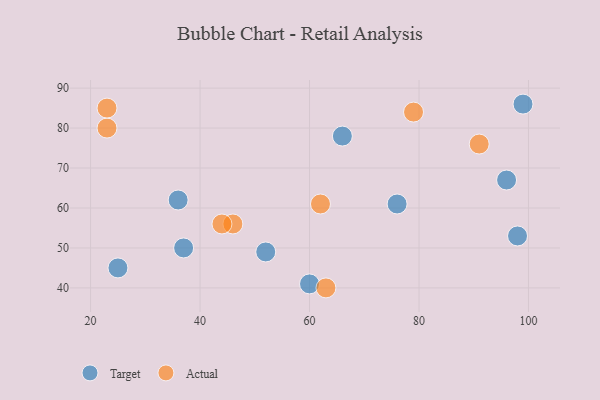
{"axis": {"x": "GDP", "y": "Life Expectancy"}, "legend": ["Actual", "Target"], "data": [{"x": "25", "y": 45, "type": "Target"}, {"x": "37", "y": 50, "type": "Target"}, {"x": "52", "y": 49, "type": "Target"}, {"x": "60", "y": 41, "type": "Target"}, {"x": "66", "y": 78, "type": "Target"}, {"x": "76", "y": 61, "type": "Target"}, {"x": "99", "y": 86, "type": "Target"}, {"x": "96", "y": 67, "type": "Target"}, {"x": "36", "y": 62, "type": "Target"}, {"x": "98", "y": 53, "type": "Target"}, {"x": "46", "y": 56, "type": "Actual"}, {"x": "62", "y": 61, "type": "Actual"}, {"x": "23", "y": 80, "type": "Actual"}, {"x": "23", "y": 85, "type": "Actual"}, {"x": "44", "y": 56, "type": "Actual"}, {"x": "91", "y": 76, "type": "Actual"}, {"x": "79", "y": 84, "type": "Actual"}, {"x": "63", "y": 40, "type": "Actual"}]}